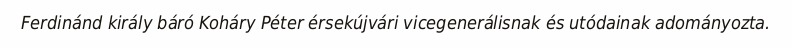
Ferdinánd király báró Koháry Péter érsekújvári vicegenerálisnak és utódainak adományozta.